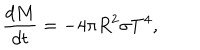
LaTeX: { \frac { d M } { d t } } = - 4 \pi R ^ { 2 } \sigma T ^ { 4 } ,